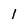
Character: l